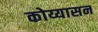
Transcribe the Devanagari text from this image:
कोय्यासन